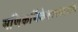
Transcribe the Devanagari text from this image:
मणिकर्णिकेश्वरमहादेव